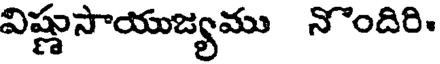
విష్ణుసాయుజ్యము నొందిరి.